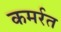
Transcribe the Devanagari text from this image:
कमर्रत